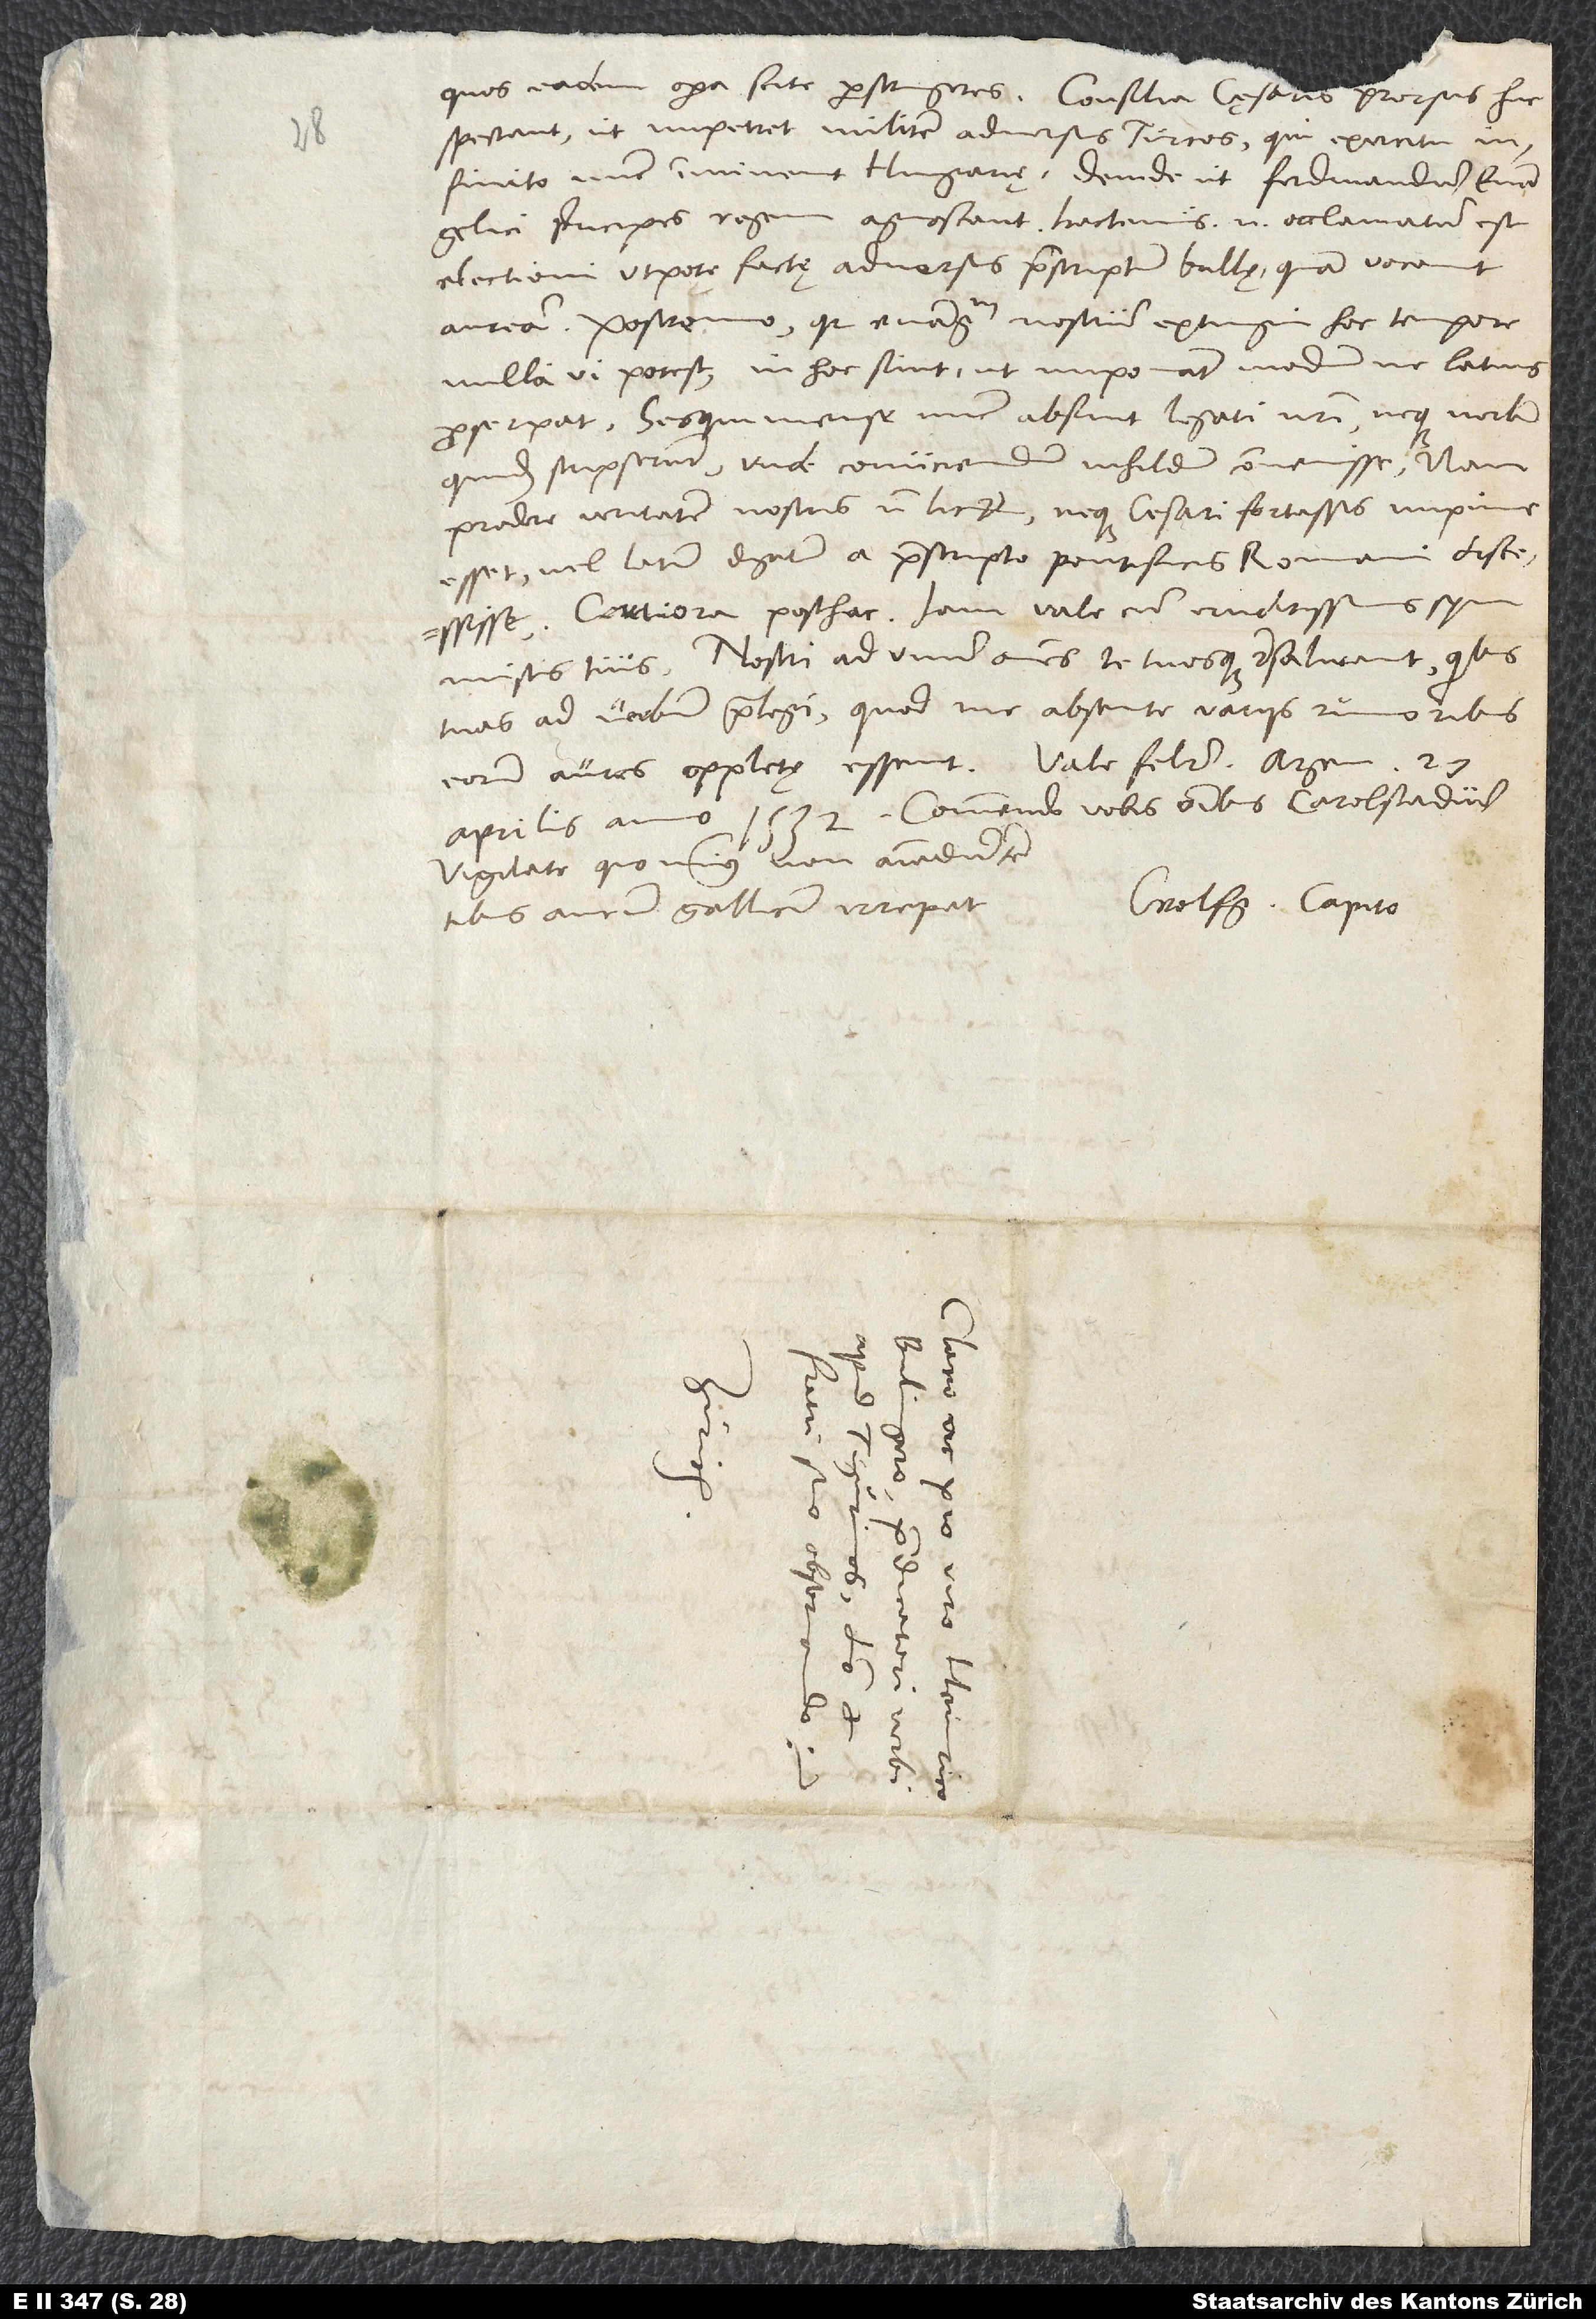
quos eadem opera scite perstringeres. Consilia cęsaris prorsus huc
spectant, ut impetret militem adversus Turcos, qui exercitu
infinito nunc imminent Hungariae, deinde ut Ferdinandum evangelici
principes regem agnoscant - hactenus enim occlamatum est
electioni utpote factae adversus praescriptum bullę, quam vocant
auream -, postremo, quia evangelium nostrum extingui hoc tempore
nulla vi potest, in hoc sunt, ut imponant modum, ne latius
proserpat. Sesquimense nunc absunt legati nostri neque verbum
quidem scripserunt. Unde coniiciendum nihildum convenisse. Nam
prodere veritatem nostris non licet, neque cesari fortassis impune
esset vel latum digitum a praescripto pontificis Romani discessisse.
Certiora posthac. Iam vale cum eruditissimis symmistis
tuis. Nostri ad unum omnes te tuosque resalutant. Quibus
tuas ad verbum praelegi, quod me absente variis rumoribus
eorum aures oppletę essent. Vale feliciter. Argentorati, 21.
aprilis anno 1532. Commendo vobis omnibus Carolstadium.
Vigilate, quominus non animadvertentibus
Wolfg. Capito.
aurum Gallicum irrepat.